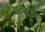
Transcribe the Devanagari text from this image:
नादुरा